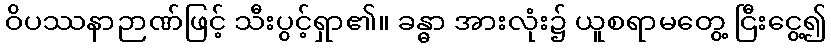
ဝိပဿနာဉာဏ်ဖြင့် သီးပွင့်ရှာ၏။ ခန္ဓာ အားလုံး၌ ယူစရာမတွေ့ ငြီးငွေ့၍